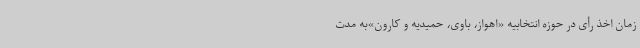
زمان اخذ رأی در حوزه انتخابیه «اهواز، باوی، حمیدیه و کارون»به مدت